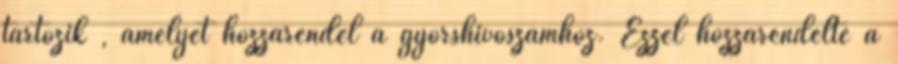
tartozik , amelyet hozzárendel a gyorshívószámhoz. Ezzel hozzárendelte a